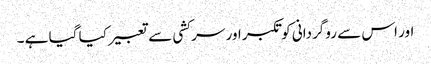
اور اس سے روگردانی کو تکبر اور سر کشی سے تعبیر کیا گیا ہے ۔